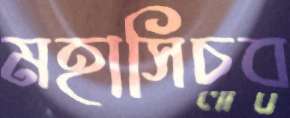
মহাসিচব